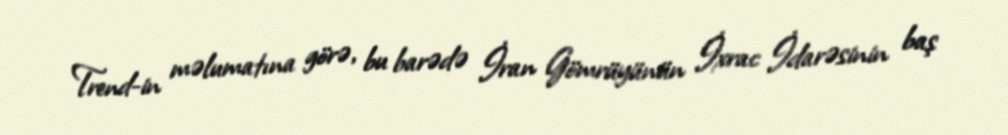
Trend-in məlumatına görə, bu barədə İran Gömrüyünün İxrac İdarəsinin baş